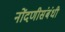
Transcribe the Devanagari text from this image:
नोंदणीसंबंधी